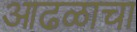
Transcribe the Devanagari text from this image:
आढळाचा